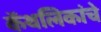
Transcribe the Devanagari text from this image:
कॅथलिकांचे